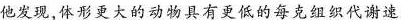
他发现，体形更大的动物具有更低的每克组织代谢速